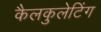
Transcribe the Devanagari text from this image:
कैलकुलेटिंग